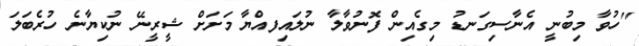
''ހުވާ މިބުނީ އެނާސިގަނޑު މިގެއިން ފޮނުވާލާ ނުލައިފއްޔާ މަށަށް ޝީރީނޭ ނުކިޔާނެ ހުރެބަލަ